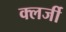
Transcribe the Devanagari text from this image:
क्लर्जी